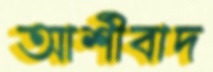
আর্শীবাদ